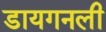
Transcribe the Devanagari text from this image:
डायगनली